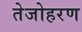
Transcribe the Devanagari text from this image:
तेजोहरण